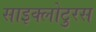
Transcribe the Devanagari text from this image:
साइक्लोटुरस